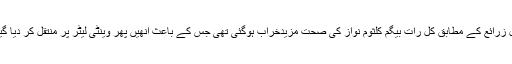
اسپتال زرائع کے مطابق کل رات بیگم کلثوم نواز کی صحت مزیدخراب ہوگئی تھی جس کے باعث انھیں پھر وینٹی لیٹر پر منتقل کر دیا گیا تھا۔